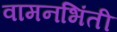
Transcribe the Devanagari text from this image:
वामनभिंती